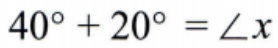
$40^{\circ}+20^{\circ}=\angle x$